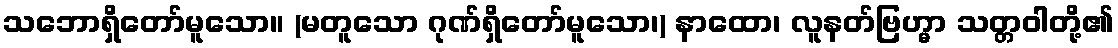
သဘောရှိတော်မူသော။ (မတူသော ဂုဏ်ရှိတော်မူသော၊) နာထော၊ လူနတ်ဗြဟ္မာ သတ္တဝါတို့၏